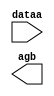
// This program was cloned from: https://github.com/Waikebber/PWM-Robotic-Arm
// License: MIT License

// megafunction wizard: %LPM_COMPARE%VBB%
// GENERATION: STANDARD
// VERSION: WM1.0
// MODULE: LPM_COMPARE 

// ============================================================
// Megafunction Name(s):
// 			LPM_COMPARE
//
// Simulation Library Files(s):
// 			lpm
// ============================================================
// ************************************************************
// THIS IS A WIZARD-GENERATED FILE. DO NOT EDIT THIS FILE!
//
// 18.1.0 Build 625 09/12/2018 SJ Lite Edition
// ************************************************************

//Copyright (C) 2018  Intel Corporation. All rights reserved.
//Your use of Intel Corporation's design tools, logic functions 
//and other software and tools, and its AMPP partner logic 
//functions, and any output files from any of the foregoing 
//(including device programming or simulation files), and any 
//associated documentation or information are expressly subject 
//to the terms and conditions of the Intel Program License 
//Subscription Agreement, the Intel Quartus Prime License Agreement,
//the Intel FPGA IP License Agreement, or other applicable license
//agreement, including, without limitation, that your use is for
//the sole purpose of programming logic devices manufactured by
//Intel and sold by Intel or its authorized distributors.  Please
//refer to the applicable agreement for further details.

module comp_9sec (
	dataa,
	agb);

	input	[29:0]  dataa;
	output	  agb;

endmodule

// ============================================================
// CNX file retrieval info
// ============================================================
// Retrieval info: PRIVATE: AeqB NUMERIC "0"
// Retrieval info: PRIVATE: AgeB NUMERIC "0"
// Retrieval info: PRIVATE: AgtB NUMERIC "1"
// Retrieval info: PRIVATE: AleB NUMERIC "0"
// Retrieval info: PRIVATE: AltB NUMERIC "0"
// Retrieval info: PRIVATE: AneB NUMERIC "0"
// Retrieval info: PRIVATE: INTENDED_DEVICE_FAMILY STRING "Cyclone V"
// Retrieval info: PRIVATE: LPM_PIPELINE NUMERIC "0"
// Retrieval info: PRIVATE: Latency NUMERIC "0"
// Retrieval info: PRIVATE: PortBValue NUMERIC "450000000"
// Retrieval info: PRIVATE: Radix NUMERIC "10"
// Retrieval info: PRIVATE: SYNTH_WRAPPER_GEN_POSTFIX STRING "0"
// Retrieval info: PRIVATE: SignedCompare NUMERIC "0"
// Retrieval info: PRIVATE: aclr NUMERIC "0"
// Retrieval info: PRIVATE: clken NUMERIC "0"
// Retrieval info: PRIVATE: isPortBConstant NUMERIC "1"
// Retrieval info: PRIVATE: nBit NUMERIC "30"
// Retrieval info: PRIVATE: new_diagram STRING "1"
// Retrieval info: LIBRARY: lpm lpm.lpm_components.all
// Retrieval info: CONSTANT: LPM_HINT STRING "ONE_INPUT_IS_CONSTANT=YES"
// Retrieval info: CONSTANT: LPM_REPRESENTATION STRING "UNSIGNED"
// Retrieval info: CONSTANT: LPM_TYPE STRING "LPM_COMPARE"
// Retrieval info: CONSTANT: LPM_WIDTH NUMERIC "30"
// Retrieval info: USED_PORT: agb 0 0 0 0 OUTPUT NODEFVAL "agb"
// Retrieval info: USED_PORT: dataa 0 0 30 0 INPUT NODEFVAL "dataa[29..0]"
// Retrieval info: CONNECT: @dataa 0 0 30 0 dataa 0 0 30 0
// Retrieval info: CONNECT: @datab 0 0 30 0 450000000 0 0 30 0
// Retrieval info: CONNECT: agb 0 0 0 0 @agb 0 0 0 0
// Retrieval info: GEN_FILE: TYPE_NORMAL comp_9sec.v TRUE
// Retrieval info: GEN_FILE: TYPE_NORMAL comp_9sec.inc TRUE
// Retrieval info: GEN_FILE: TYPE_NORMAL comp_9sec.cmp TRUE
// Retrieval info: GEN_FILE: TYPE_NORMAL comp_9sec.bsf TRUE
// Retrieval info: GEN_FILE: TYPE_NORMAL comp_9sec_inst.v TRUE
// Retrieval info: GEN_FILE: TYPE_NORMAL comp_9sec_bb.v TRUE
// Retrieval info: LIB_FILE: lpm